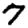
Digit: 7